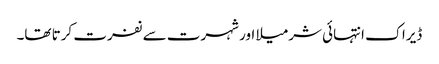
ڈیراک انتہائی شرمیلا اور شہرت سے نفرت کرتا تھا۔